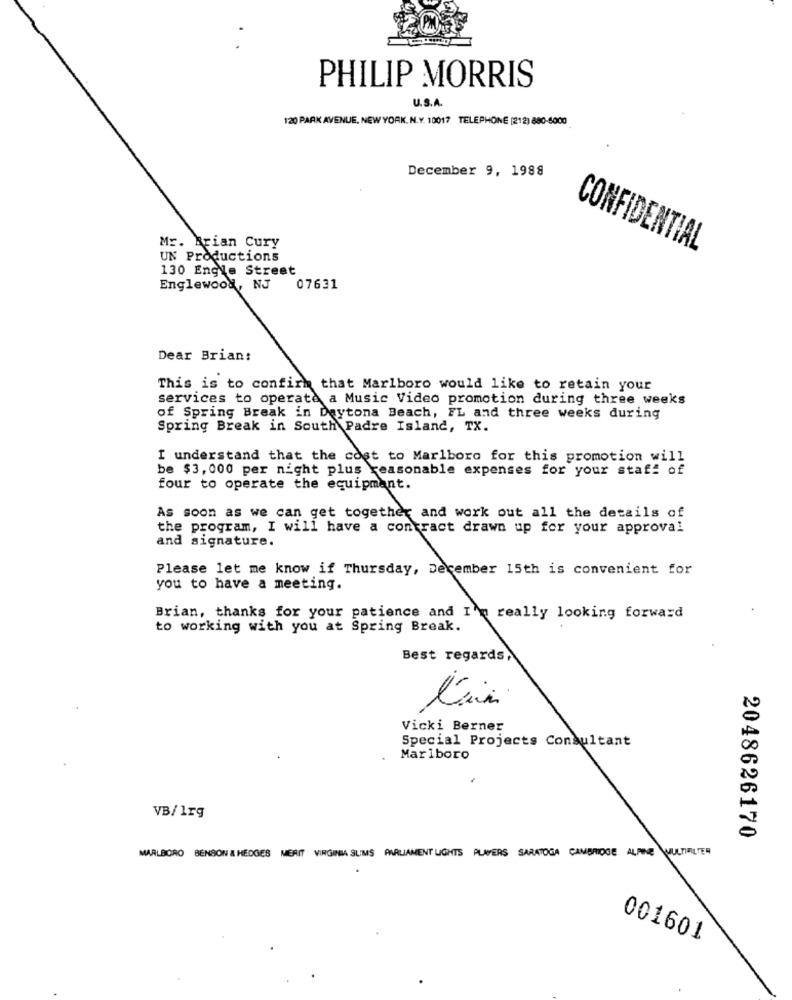
PHILIP MORRIS
U.S.A.
120 PARK AVENUE, NEW YORK. N.Y. 10017 TELEPHONE [212) 880-5000
December 9, 1988
Mr. Brian Cury
CONFIDENTIAL
UN Productions
130 Engle Street
Englewood, NJ 07631
Dear Brian:
This is to confirm that Marlboro would like to retain your
services to operate a Music Video promotion during three weeks
of Spring Break in Daytona Beach, FL and three weeks during
Spring Break in South Padre Island, TX.
I understand that the cost to Marlboro for this promotion will
be $3, 000 per night plus reasonable expenses for your staff of
four to operate the equipment.
As soon as we can get together and work out all the details of
the program, I will have a contract drawn up for your approval
and signature.
Please let me know if Thursday, December 15th is convenient for
you to have a meeting.
Brian, thanks for your patience and I'm really looking forward
to working with you at Spring Break.
Best regards,
Vicki Berner
Special Projects Consultant
Marlboro
VB/Irg
2048626170
MARLBORO BENSON & HEDGES MERIT VIRGINIA SLIMS PARLIAMENT LIGHTS PLAYERS SARATOGA CAMBRIDGE ALFINE MULTIMILTER
001601